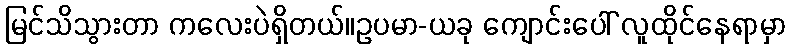
မြင်သိသွားတာ ကလေးပဲရှိတယ်။ဥပမာ-ယခု ကျောင်းပေါ် လူထိုင်နေရာမှာ